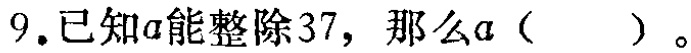
9.已知\(a\)能整除\(37\)，那么\(a\)（  ）。